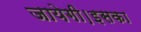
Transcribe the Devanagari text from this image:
जायेगी।इसका